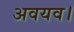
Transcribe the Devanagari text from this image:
अवयव।